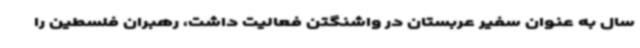
سال به عنوان سفیر عربستان در واشنگتن فعالیت داشت، رهبران فلسطین را